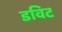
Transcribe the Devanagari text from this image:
डविट